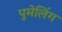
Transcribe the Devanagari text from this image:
पुमेलिंग